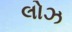
લોઝ